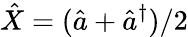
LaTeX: \hat{X}=(\hat{a}+\hat{a}^{\dagger})/2